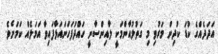
އަދަދެއްގެ ކުޑަ ކުދިން މަރުވި މި ގަތުލުއާންމަކީ ލާއިންސާނީ ހައްދުފަހަނައަޅާފައިވާ އަމަލެއް ކަމަށެވެ.